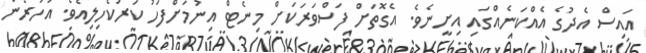
އައިސް އެދުގެ އެއްކަނެއްގައި އިށީނެވެ. އެގޮތަށް ފަސްވަރަކަށް މިނެޓް އިނުމަށްފަހު ކަރުކެހިލިއެވެ. އަހަރެން